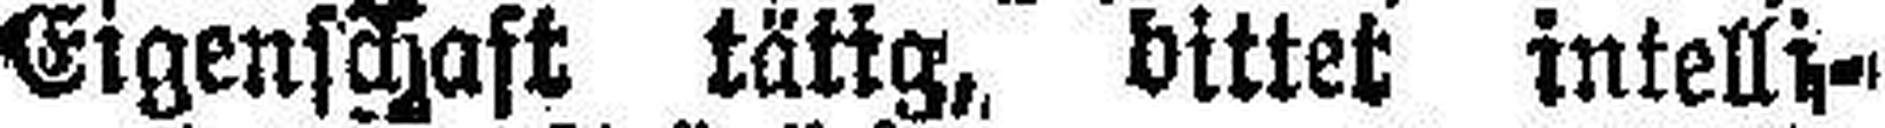
Eigenschaft tätig, bittet intelli¬